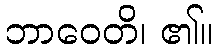
ဘာဝေတိ၊ ၏။